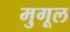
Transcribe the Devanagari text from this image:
मुगूल